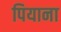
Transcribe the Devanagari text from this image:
पियाना